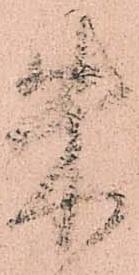
朱